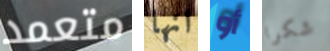
متعمد انها أو شكرا